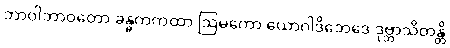
ဘာဝါဘာဝတော ခန္ဓကကထာ ဩမကော ယောဂါဒိဘေဒေ ဒုဗ္ဘာသိတန္တိ